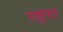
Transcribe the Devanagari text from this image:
राष्ट्रपत